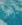
أنه